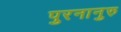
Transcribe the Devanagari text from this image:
पुरनानुरु